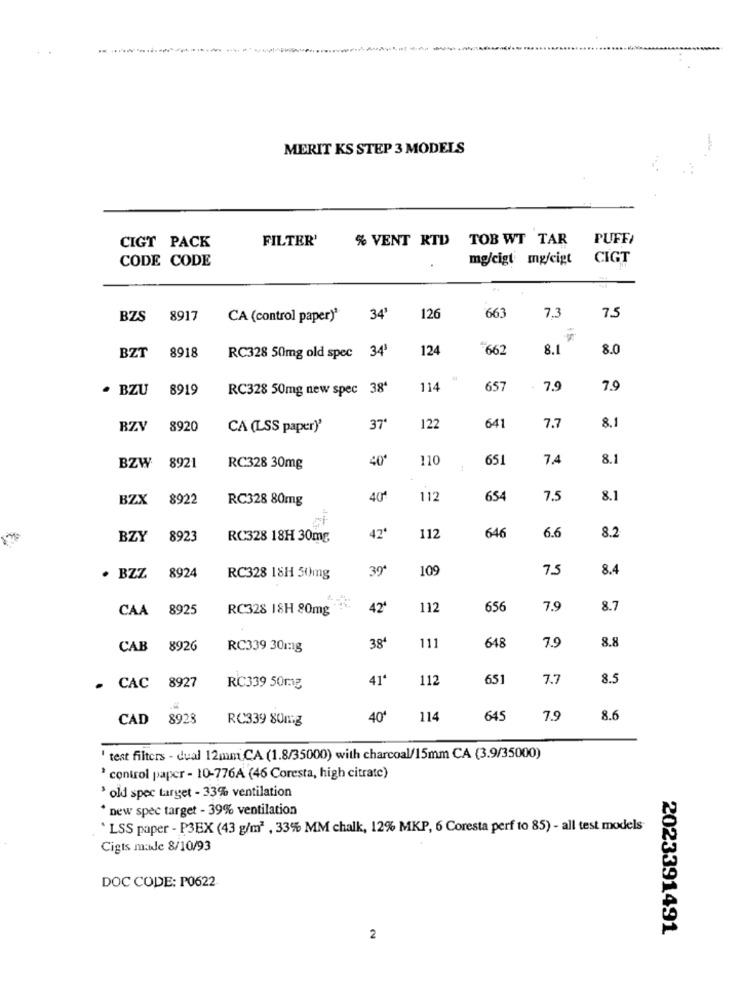
MERIT KS STEP 3 MODELS
FILTER'
% VENT RTD TOB WT TAR
PUFF
CIGT PACK
CODE CODE
mg/cigt mg/cigt
CIGT
7.3
7.5
BZS 8917
CA (control paper)'
34'
126
663
8918
124
2662
8.1
8.0
BZT
RC328 50mg old spec 34'
· BZU 8919
RC328 50mg new spec 38ª
114
657
7.9
7.9
BZV
8920
CA (LSS paper)'
37'
122
641
7.7
8.1
892
40
110
651
7.4
8.1
BZW
RC328 30mg
BZX
8922
RC328 80mg
112
654
7.5
8.1
BZY
8923
RC328 18H 30mg
42ª
112
646
6.6
8.2
8924
39ª
109
7.5
8.4
. BZZ
RC328 18H 50mg
CAA 8925
RC328 18H 80mg
42ª
112
656
7.9
8.7
8.8
CAB 8926
RC339 30mg
38ª
111
648
7.9
- CAC 8927
41ª
112
651
7.7
8.5
RC339 50mg
CAD 8928
RC339 80mg
40'
114
64
7.9
8.6
' test filters - dual 12mm CA (1.8/35000) with charcoal/15mm CA (3.9/35000)
* control paper - 10-776A (46 Coresta, high citrate)
› old spec target - 33% ventilation
* new spec target - 39% ventilation
` LSS paper - P3BX (43 g/m2 , 33% MM chalk, 12% MKP, 6 Coresta perf to 85) - all test models
Cigts made 8/10/93
DOC CODE: P0622
2023391491
2